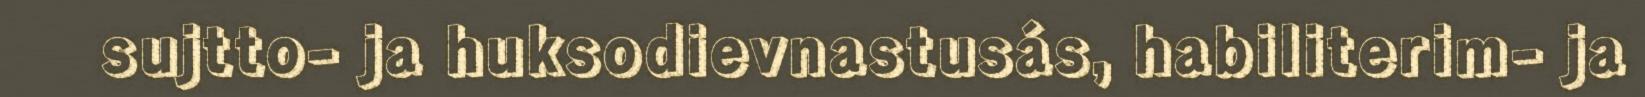
sujtto- ja huksodievnastusás, habiliterim- ja